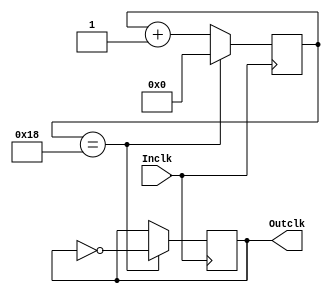
module  Frequency_Divider
#(parameter TARGET_FREQUENCY = 1000000)
(  // Inclk = 50Mhz
	input  Inclk,	
	output reg Outclk
);

	localparam MAX_COUNT = ( 50000000 / (TARGET_FREQUENCY * 2) );
	
	localparam COUNTER_SIZE = log2(MAX_COUNT);

	reg [COUNTER_SIZE-1:0] count;

	always @(posedge Inclk)
	begin
		if(count == (MAX_COUNT -1))
		begin
			count  <= 0;
			Outclk <= ~Outclk;
		end
		else
			count <= count + 1;
		
	end	
	
	function integer log2(input integer m);
		integer i;
		begin
			log2 = 1;
			for (i=0; 2**i < m ;i=i+1)
				log2 = i + 1;
		end
	endfunction
	
endmodule